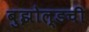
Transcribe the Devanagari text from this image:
बुझोल्डची